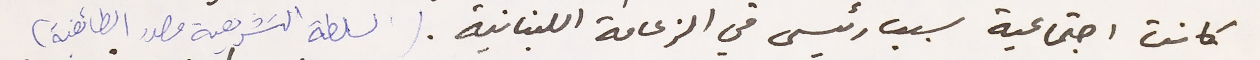
كانت اجتماعية سبب رئيسي في الزعامة اللبنانية. (السلطة التشريعية مصدر الطائفية)